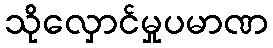
သိုလှောင်မှုပမာဏ